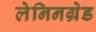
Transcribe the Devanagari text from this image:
लेनिनग्रेड